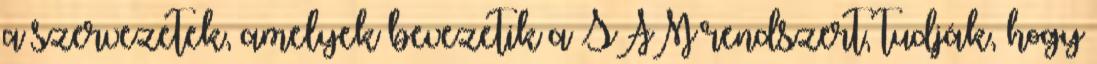
a szervezetek, amelyek bevezetik a SAM rendszert, tudják, hogy